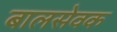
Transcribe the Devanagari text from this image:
बालसेवक